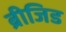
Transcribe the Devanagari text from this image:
ब्रीजिड